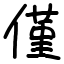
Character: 僅